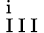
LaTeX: _\mathrm{~I~I~I~}^{\mathrm{~i~}}